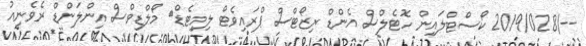
--/2019/028 ކޯސްޓްލައިން ހޮޓެލްސް އެންޑް ރިޒޯޓްސް ޕްރައިވެޓް ލިމިޓެޑް	 މޯލްޑިވްސް އިންލަންޑް ރެވެނިއު